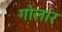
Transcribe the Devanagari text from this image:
गोलार